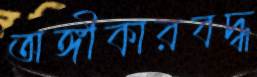
অঙ্গীকারবদ্ধ